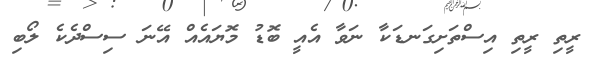
ރީތި ރީތި އިސްތަށިގަނޑަކާ ނަވާ އެއީ ބޮޑު މޮޔައެއް އޭނަ ސިސްދެކެ ލޯބި